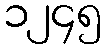
၁၂၄၅